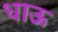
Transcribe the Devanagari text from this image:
धाऊ